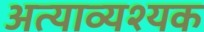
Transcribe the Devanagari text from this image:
अत्याव्यश्यक